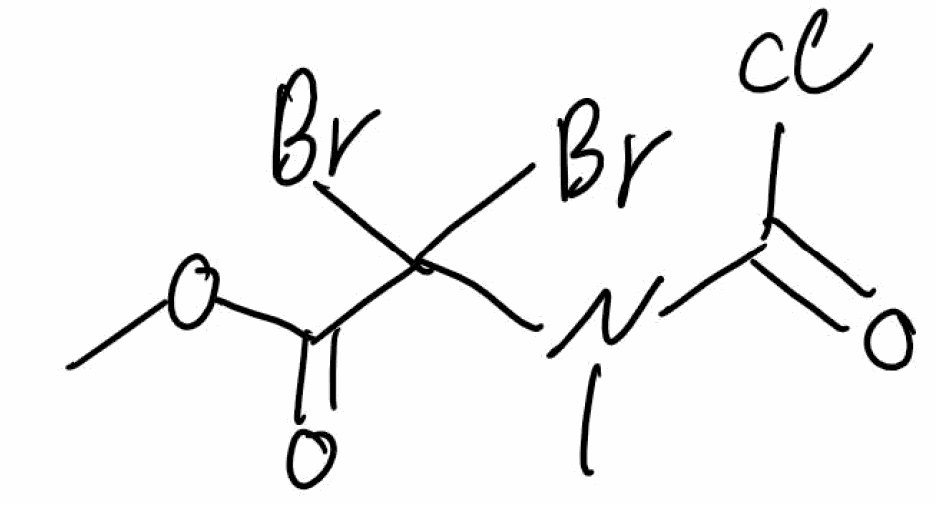
Simplified molecular-input line-entry system (SMILES) notation of the given molecule:
CN(C(=O)Cl)C(C(=O)OC)(Br)Br